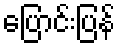
ပြောင်းပြန်